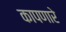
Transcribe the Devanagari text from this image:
कापणारे